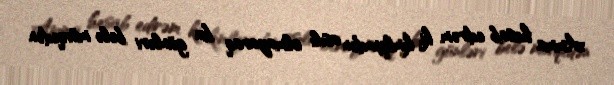
Amma hesab edirəm ki, kimliyindən asılı olmayaraq bu günləri belə mövqedən